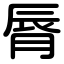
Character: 脣